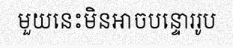
មួយនេះមិនអាចបន្ទោររូប